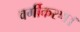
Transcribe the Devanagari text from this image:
वर्गीकरण।